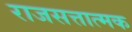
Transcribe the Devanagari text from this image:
राजसत्तात्मक